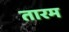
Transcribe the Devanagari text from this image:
तारम